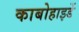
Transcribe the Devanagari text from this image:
काबोहाइर्डे